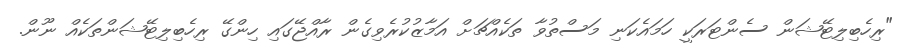
"ރިހެބިލިޓޭޝަން ސެންޓަރަކީ ހަމައެކަނި މަސްތުވާ ތަކެއްޗަށް އަމާޒުކުރެވިގެން ރާއްޖޭގައި ހިންގޭ ރިހެބިލިޓޭޝަންތަކެއް ނޫން.